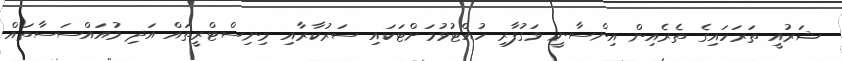
ޝަރުއީ ތަރަހައިގެ ތެރެއިން އިންސާނީ ވަގުފާރި ހުއްޓުވުމަށްޓަކައި ސަރުކާރާއި މިނިސްޓްރީތައް އަދި މުއައްސަސާތައް